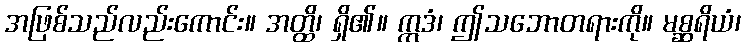
အဖြစ်သည်လည်းကောင်း။ အတ္ထိ၊ ရှိ၏။ ဣဒံ၊ ဤသဘောတရားကို။ မစ္ဆရိယံ၊